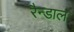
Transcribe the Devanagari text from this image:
रैन्डाल